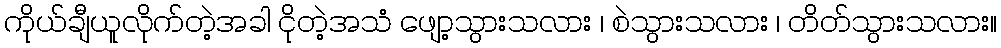
ကိုယ်ချီယူလိုက်တဲ့အခါ ငိုတဲ့အသံ ဖျော့သွားသလား ၊ စဲသွားသလား ၊ တိတ်သွားသလား။